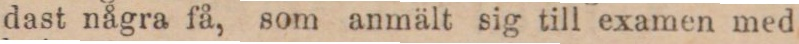
dast några få, som anmält sig till examen med